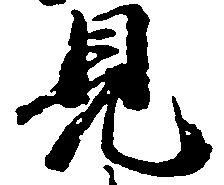
見